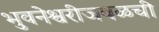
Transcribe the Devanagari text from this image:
भुवनेश्वरीजवळची